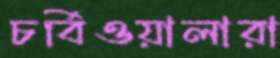
চর্বিওয়ালারা